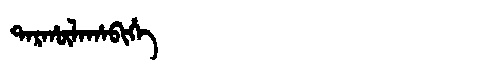
Manchu: ᡨᠠᡵᡥᡡᠯᠠᡥᠠᠪᡳᡥᡝ
Romanization: TARHŪLAHABIHE